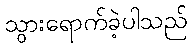
သွားရောက်ခဲ့ပါသည်